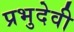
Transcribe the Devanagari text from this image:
प्रभुदेवी